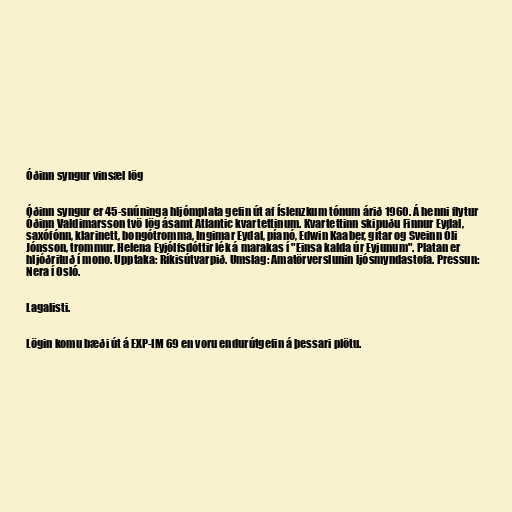
Óðinn syngur vinsæl lög

Óðinn syngur er 45-snúninga hljómplata gefin út af Íslenzkum tónum árið 1960. Á henni flytur
Óðinn Valdimarsson tvö lög ásamt Atlantic kvartettinum. Kvartettinn skipuðu Finnur Eydal,
saxófónn, klarinett, bongótromma, Ingimar Eydal, píanó, Edwin Kaaber, gítar og Sveinn Óli
Jónsson, trommur. Helena Eyjólfsdóttir lék á marakas í "Einsa kalda úr Eyjunum". Platan er
hljóðrituð í mono. Upptaka: Ríkisútvarpið. Umslag: Amatörverslunin ljósmyndastofa. Pressun:
Nera í Osló.

Lagalisti.

Lögin komu bæði út á EXP-IM 69 en voru endurútgefin á þessari plötu.